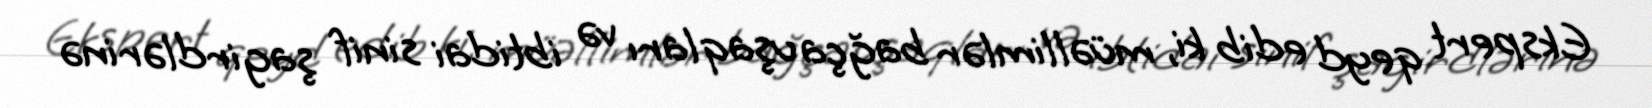
Ekspert qeyd edib ki, müəllimlər bağça uşaqları və ibtidai sinif şagirdlərinə